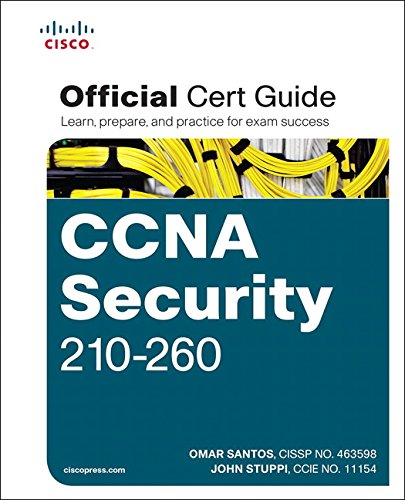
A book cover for CCNA Security 210-260 Official Cert Guide; Omar Santos; Computers & Technology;